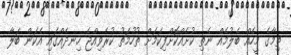
ތިމާގެ މީހެއް ބެލުމެއް ނެތި ކުށެއްކޮށްފިކަމަށް ތުހުމަތު ކުރެވިއްޖެ ހިނދެއްގައި އެކަން ބަލާ